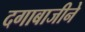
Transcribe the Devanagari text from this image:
दगाबाजीने